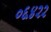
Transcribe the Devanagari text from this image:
०६४२२